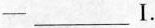
——___I.